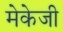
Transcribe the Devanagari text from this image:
मेकेजी